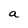
Character: a